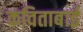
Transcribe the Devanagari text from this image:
कविताबाई